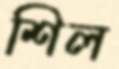
শিল